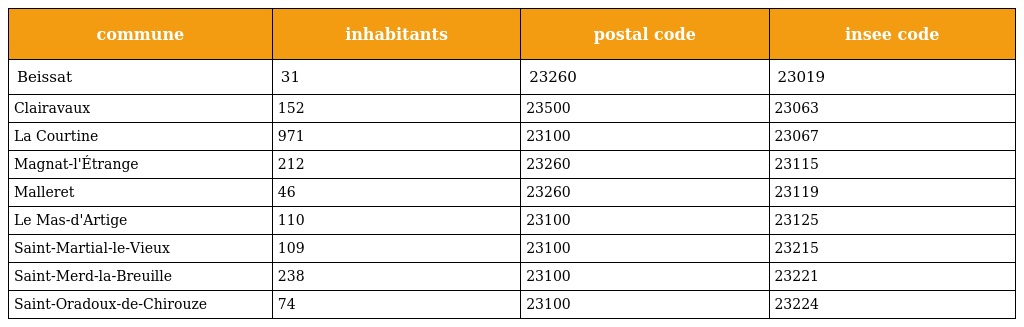
| commune | inhabitants | postal code | insee code |
 | --- | --- | --- | --- |
 | Beissat | 31 | 23260 | 23019 |
 | Clairavaux | 152 | 23500 | 23063 |
 | La Courtine | 971 | 23100 | 23067 |
 | Magnat-l'Étrange | 212 | 23260 | 23115 |
 | Malleret | 46 | 23260 | 23119 |
 | Le Mas-d'Artige | 110 | 23100 | 23125 |
 | Saint-Martial-le-Vieux | 109 | 23100 | 23215 |
 | Saint-Merd-la-Breuille | 238 | 23100 | 23221 |
 | Saint-Oradoux-de-Chirouze | 74 | 23100 | 23224 |